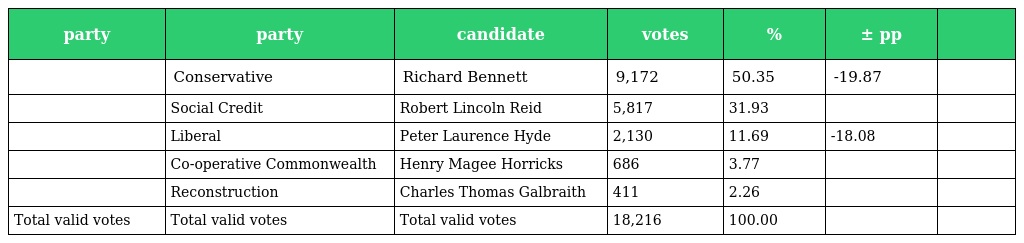
| party | party | candidate | votes | % | ± pp |  |
 | --- | --- | --- | --- | --- | --- | --- |
 |  | Conservative | Richard Bennett | 9,172 | 50.35 | -19.87 |  |
 |  | Social Credit | Robert Lincoln Reid | 5,817 | 31.93 |  |  |
 |  | Liberal | Peter Laurence Hyde | 2,130 | 11.69 | -18.08 |  |
 |  | Co-operative Commonwealth | Henry Magee Horricks | 686 | 3.77 |  |  |
 |  | Reconstruction | Charles Thomas Galbraith | 411 | 2.26 |  |  |
 | Total valid votes | Total valid votes | Total valid votes | 18,216 | 100.00 |  |  |